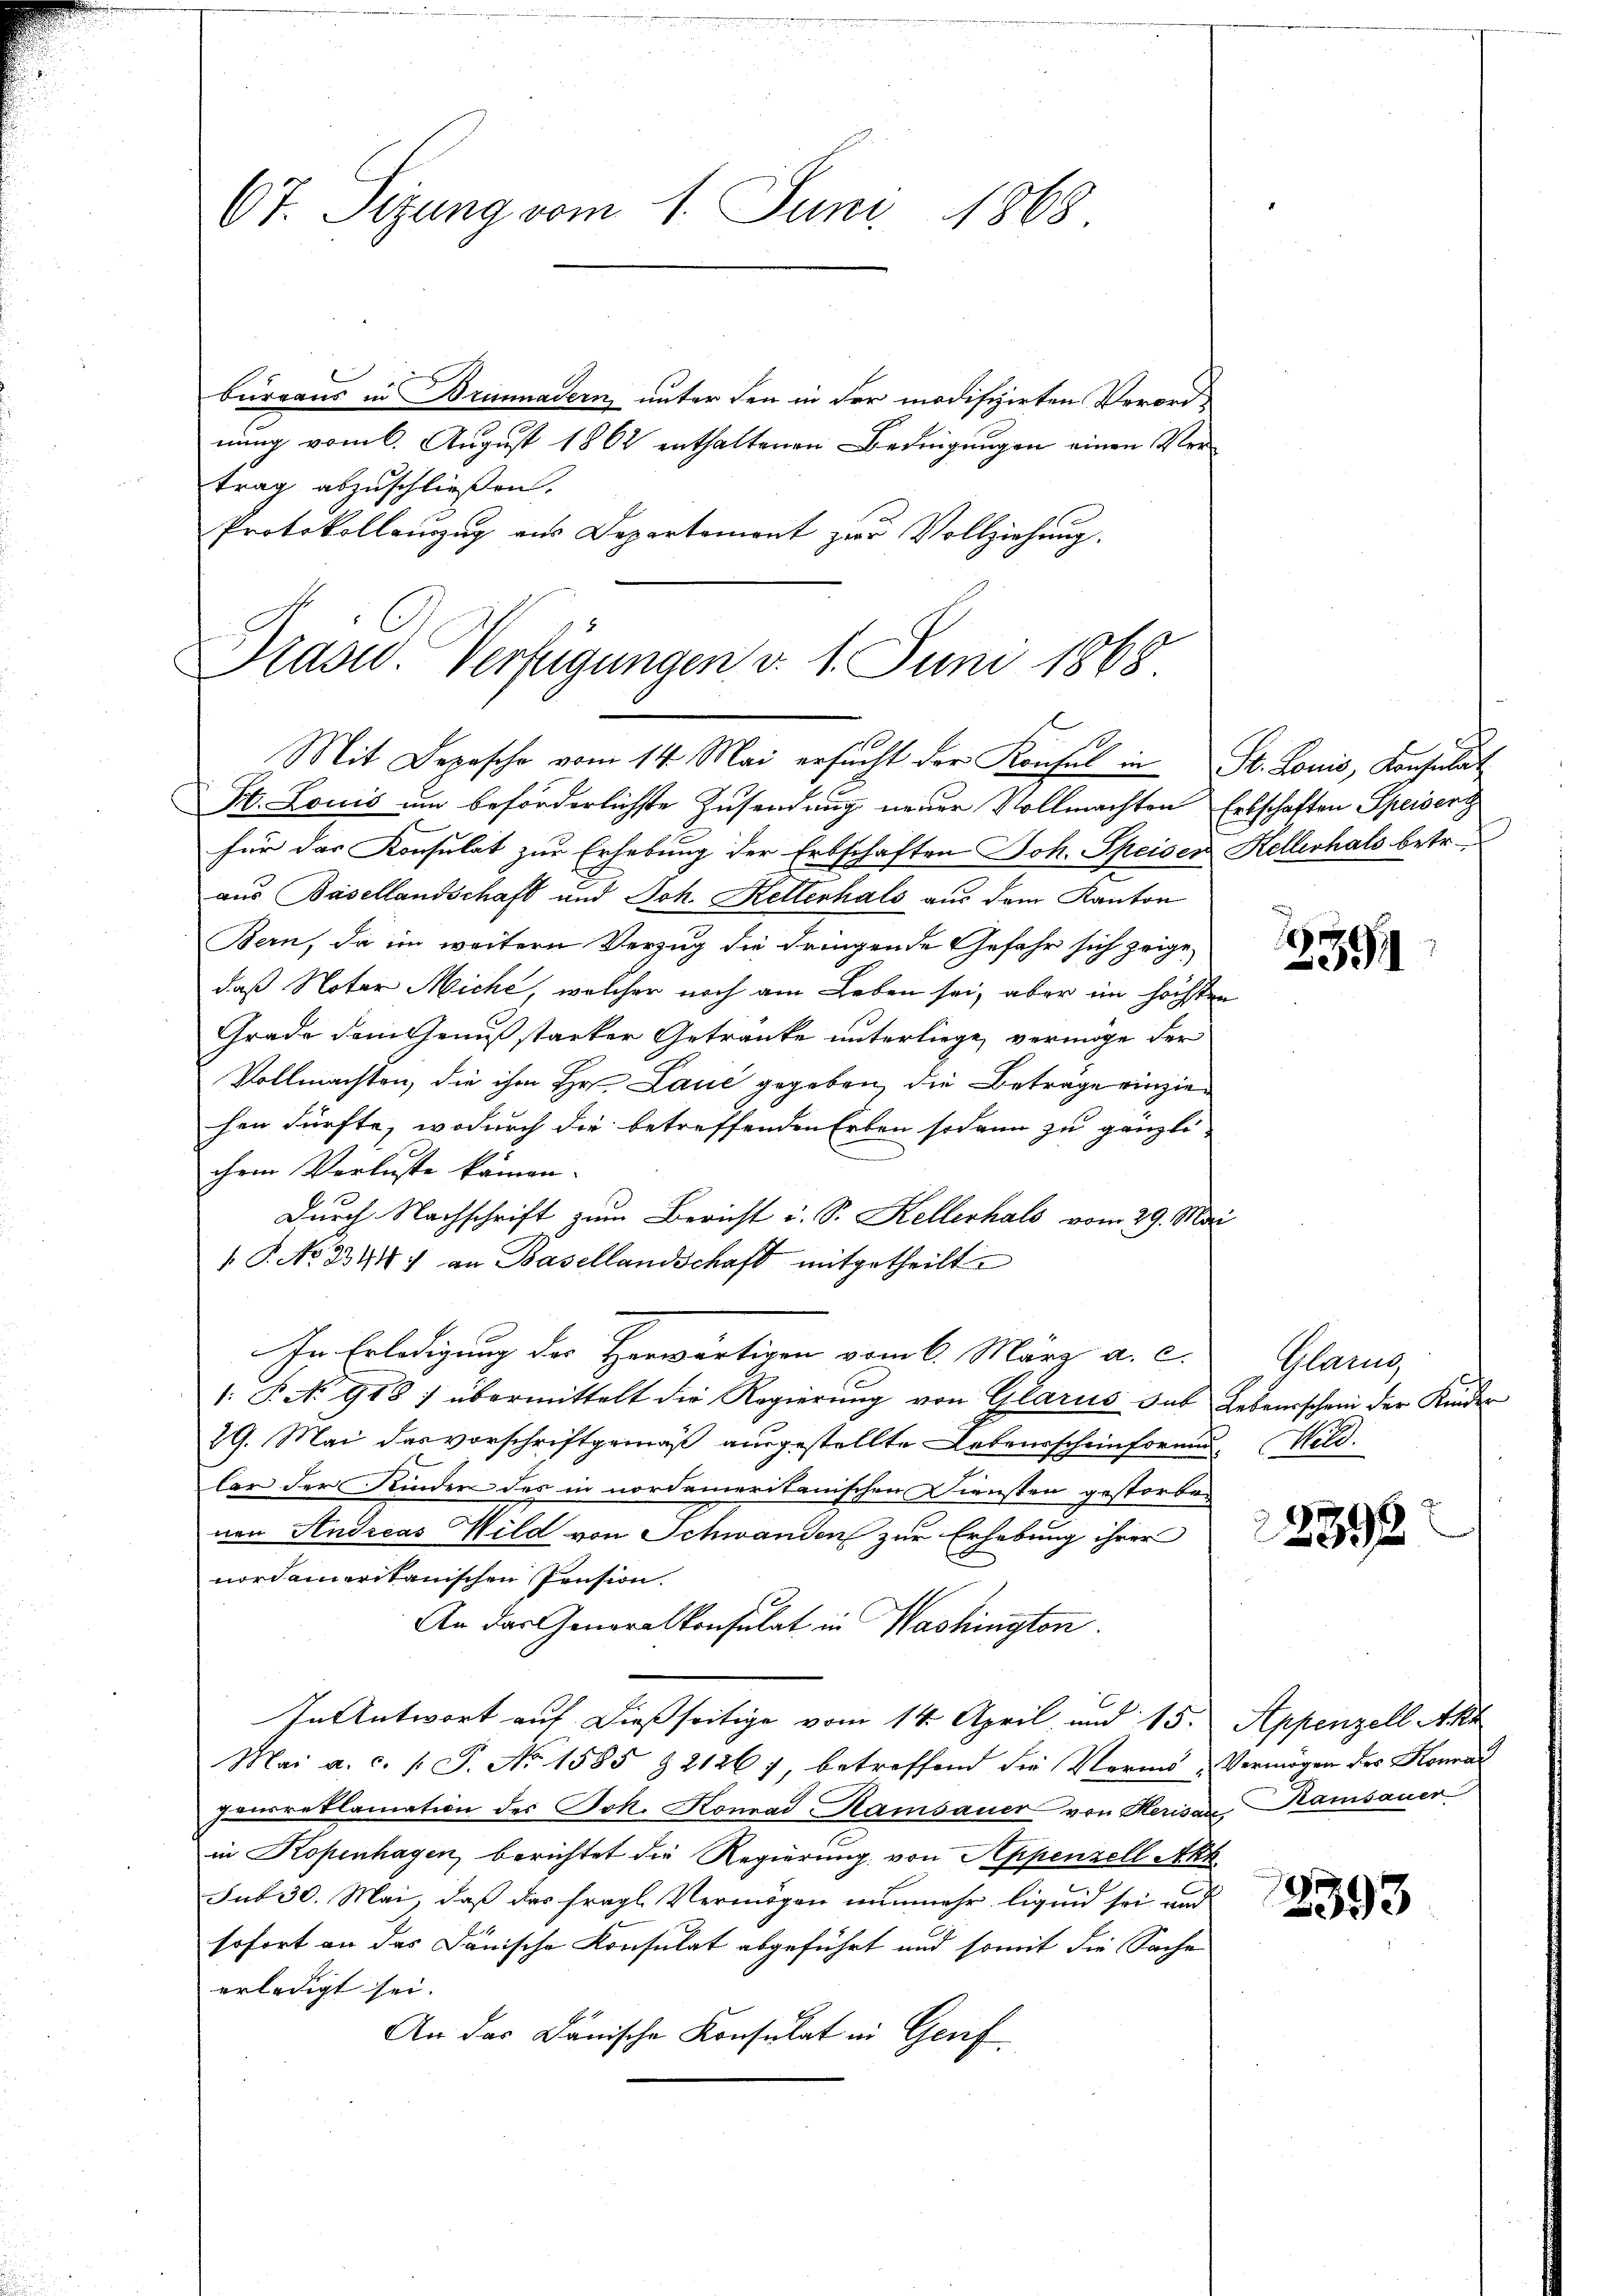
67. Sezung vom 1. Juni 1868.

bureaus in Brimnadern unter den in der modifizirten Verordnung vom 6. August 1862 enthaltenen Bedingungen einen Vertrag abzuschließen.
Protokollenzug aus Departement zur Vollziehung.

Prasw. Verfügungen d. 1. Juni 1868
Mit Depesche vom 14. Mai ersŭcht der Konsul in St. Louis, Konferat
St. Louis um beförderlichste Zusendung neuer Vollmachten Erbschaften Speiserz

für das Konsulat zur Erhebung der Erbschaften Joh. Speiser Kellerhals betr.
aus Basellandschaft und Joh. Keltenhals aus dem Kanton
Bern, da im weitern Verzug die dringende Gefahr sich zeigedaß Noter Miche, welcher noch am Leben sei, aber im höchsten
Grade dem Genuß starker Getranke unterliege, vermöge der
Vollmachten, die ihm Hr. Laue gegeben, die Betrage einziehen dürfte, wodurch die betreffenden Erben sodann zu gänzli-
chem Verluste kämen.
Durch Nachschrift zum Bericht i. S. Kellerhals vom 29. Mai
1. P. No. 3344) an Basellandschaft mitgetheilt.
In Erledigung der Herwärtigen vom 6. März a. c.
1: P. No 918) übermittelt die Regierung von Glarus sub Lebensschein der Kinder
29. Mai das vorschriftgemäß ausgestellte Lebensscheinformen. Wildlar der Kinder des in nordameritanischen Diensten gestorben
nen Andreas Wild von Schwanden zur Erhebung ihrer
nordameritanischen Pension.
An das Generalkonsulat in Washington.
In Antwort auf dießseitige vom 14. April und 15. Appenzell Akt
Mai a. c. 1 S. No 1585 & 2126), betreffend die Vermö-Vermögen des Heurau
penreklamation des Joh. Konrad Hamsauer von Herisar Kamsauer
in Kopenhagen, berichtet die Regierung von Appenzell Akk
sub 30. Mai, daß das fragl. Vermögen nunmehr liquid sei und
sofort an das Dänische Konsulat abgeführt und somit die Sache
erledigt sei.
An das Dänische Konsulat in Genf

1394

Glarg

2392

2393